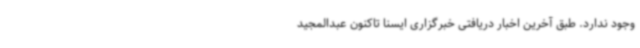
وجود ندارد. طبق آخرین اخبار دریافتی خبرگزاری ایسنا تاکنون عبدالمجید